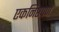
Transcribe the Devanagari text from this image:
एकनिष्ठपणे